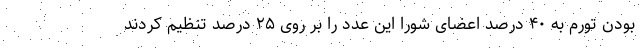
بودن تورم به ۴۰ درصد اعضای شورا این عدد را بر روی ۲۵ درصد تنظیم کردند